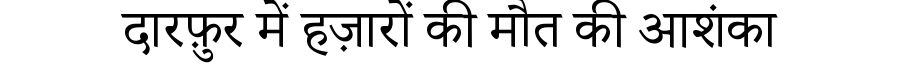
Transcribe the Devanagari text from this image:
दारफ़ुर में हज़ारों की मौत की आशंका